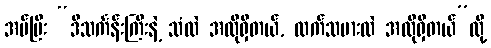
အပ်ပြီး “ဒီသင်္ကန်းကြီးနဲ့ သံလဲ အလိုရှိတယ်, လက်သမားလဲ အလိုရှိတယ်”လို့